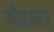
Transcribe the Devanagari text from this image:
गौडमदर